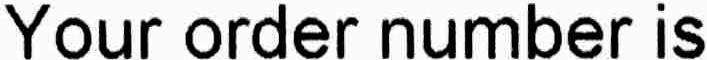
YOUR ORDER NUMBER IS